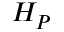
H _ { P }